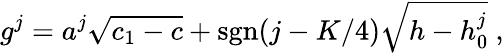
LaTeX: g^{j}=a^{j}\sqrt{c_{1}-c}+\mathrm{sgn}(j-K/4)\sqrt{h-h_{0}^{j}}{}~,